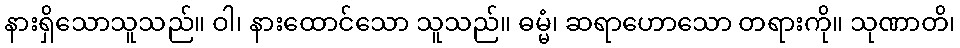
နားရှိသောသူသည်။ ဝါ၊ နားထောင်သော သူသည်။ ဓမ္မံ၊ ဆရာဟောသော တရားကို။ သုဏာတိ၊